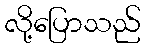
လို့ပြောသည်